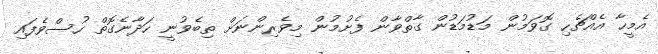
އެމީހާ އެއްޗެހި ގޮވަމުން މަޑުމަޑުން ގާތްވާން ފެށުމުން މިވެރިންނަށް ތިބެވުނީ ހަދާނެގޮތް ހުސްވެފައި